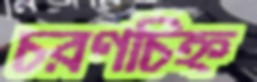
চরণচিহ্ন